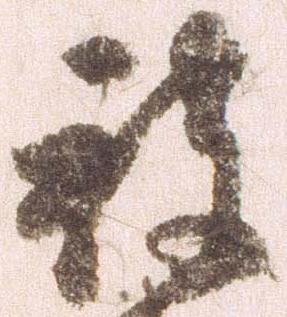
被